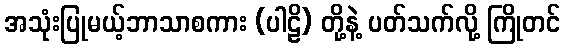
အသုံးပြုမယ့်ဘာသာစကား (ပါဠိ) တို့နဲ့ ပတ်သက်လို့ ကြိုတင်